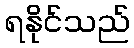
ရနိုင်သည်